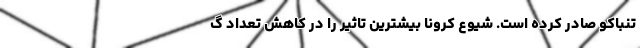
تنباکو صادر کرده است. شیوع کرونا بیشترین تاثیر را در کاهش تعداد گ